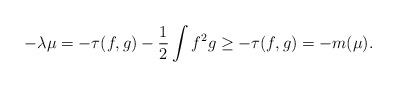
LaTeX: \begin{align*} -\lambda \mu=-\tau(f,g)-\frac 12 \int f^2g\geq -\tau(f,g)=-m(\mu). \end{align*}